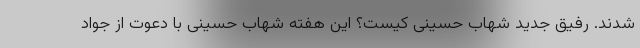
شدند. رفیق جدید شهاب حسینی کیست؟ این هفته شهاب حسینی با دعوت از جواد